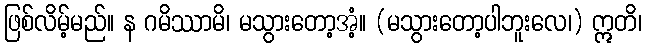
ဖြစ်လိမ့်မည်။ န ဂမိဿာမိ၊ မသွားတော့အံ့။ (မသွားတော့ပါဘူးလေ၊) ဣတိ၊